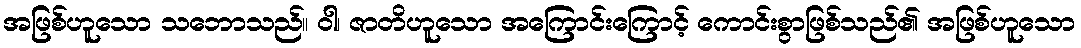
အဖြစ်ဟူသော သဘောသည်။ ဝါ၊ ဇာတိဟူသော အကြောင်းကြောင့် ကောင်းစွာဖြစ်သည်၏ အဖြစ်ဟူသော